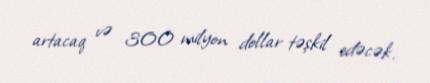
artacaq və 300 milyon dollar təşkil edəcək.